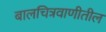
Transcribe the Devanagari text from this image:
बालचित्रवाणीतील